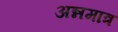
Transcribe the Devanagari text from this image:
अन्नमात्र